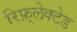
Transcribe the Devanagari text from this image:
रिफ़्लेक्टेड